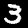
Label: 3